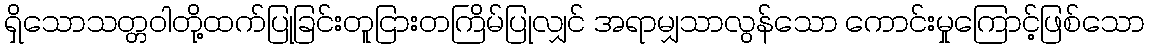
ရှိသောသတ္တဝါတို့ထက်ပြုခြင်းတူငြားတကြိမ်ပြုလျှင် အရာမျှသာလွန်သော ကောင်းမှုကြောင့်ဖြစ်သော